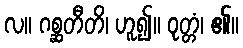
လ။ ဂစ္ဆတီတိ၊ ဟူ၍။ ဝုတ္တံ၊ ၏။